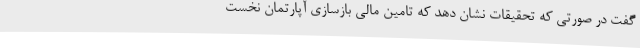
گفت در صورتی که تحقیقات نشان دهد که تامین مالی بازسازی آپارتمان نخست